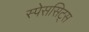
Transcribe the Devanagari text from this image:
स्पेससिट्स